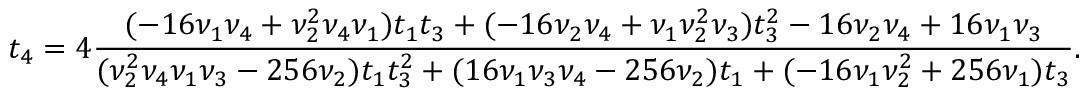
t _ { 4 } = 4 \frac { ( - 1 6 \nu _ { 1 } \nu _ { 4 } + \nu _ { 2 } ^ { 2 } \nu _ { 4 } \nu _ { 1 } ) t _ { 1 } t _ { 3 } + ( - 1 6 \nu _ { 2 } \nu _ { 4 } + \nu _ { 1 } \nu _ { 2 } ^ { 2 } \nu _ { 3 } ) t _ { 3 } ^ { 2 } - 1 6 \nu _ { 2 } \nu _ { 4 } + 1 6 \nu _ { 1 } \nu _ { 3 } } { ( \nu _ { 2 } ^ { 2 } \nu _ { 4 } \nu _ { 1 } \nu _ { 3 } - 2 5 6 \nu _ { 2 } ) t _ { 1 } t _ { 3 } ^ { 2 } + ( 1 6 \nu _ { 1 } \nu _ { 3 } \nu _ { 4 } - 2 5 6 \nu _ { 2 } ) t _ { 1 } + ( - 1 6 \nu _ { 1 } \nu _ { 2 } ^ { 2 } + 2 5 6 \nu _ { 1 } ) t _ { 3 } } .